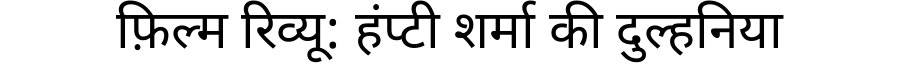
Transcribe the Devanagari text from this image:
फ़िल्म रिव्यू: हंप्टी शर्मा की दुल्हनिया